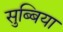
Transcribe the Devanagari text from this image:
सुब्बिया